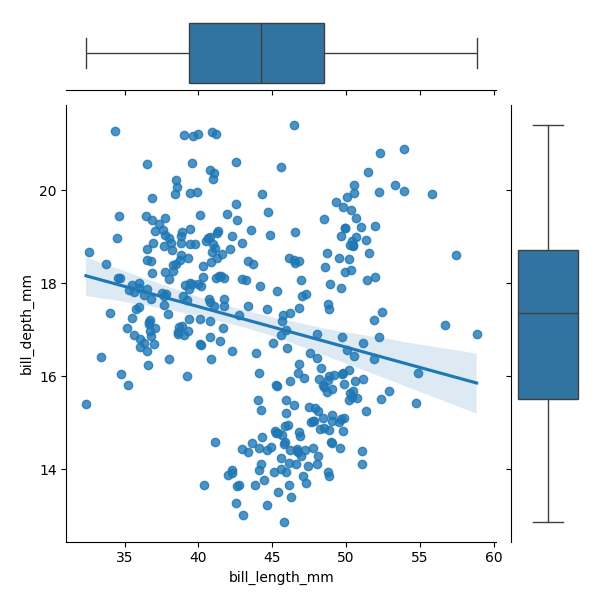
python, seaborn, JointGrid, regplot, boxplot